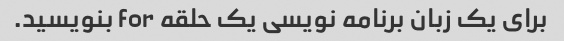
برای یک زبان برنامه نویسی یک حلقه for بنویسید.